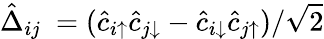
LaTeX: \hat{\Delta}_{ij}\ =(\hat{c}_{i\uparrow}\hat{c}_{j\downarrow}-\hat{c}_{i\downarrow}\hat{c}_{j\uparrow})/\sqrt{2}